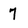
Character: 7